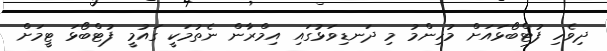
ދިވެހި ފުޓްބޯޅައަށް މުހިންމު މި ދަނޑިވަޅުގައި އިމްރާން ނެތުމަކީ ގައުމީ ފުޓްބޯޅަ ޓީމަށް